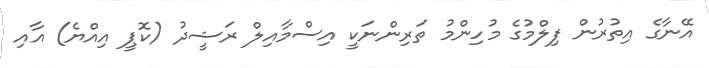
އޭނާގެ އިތުރުން ފިލްމުގެ މުހިންމު ތަރިންނަކީ އިސްމާއިލް ރަޝީދު (ކޮޕީ އިއްޔެ) އާއި